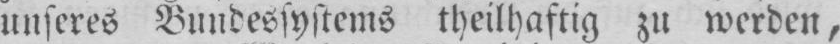
unseres Bundessystems theilhaftig zu werden,